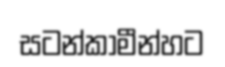
සටන්කාමීන්හට